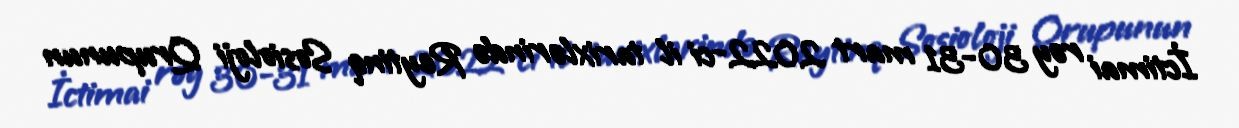
İctimai rəy 30-31 mart 2022-ci il tarixlərində Reytinq Sosioloji Qrupunun